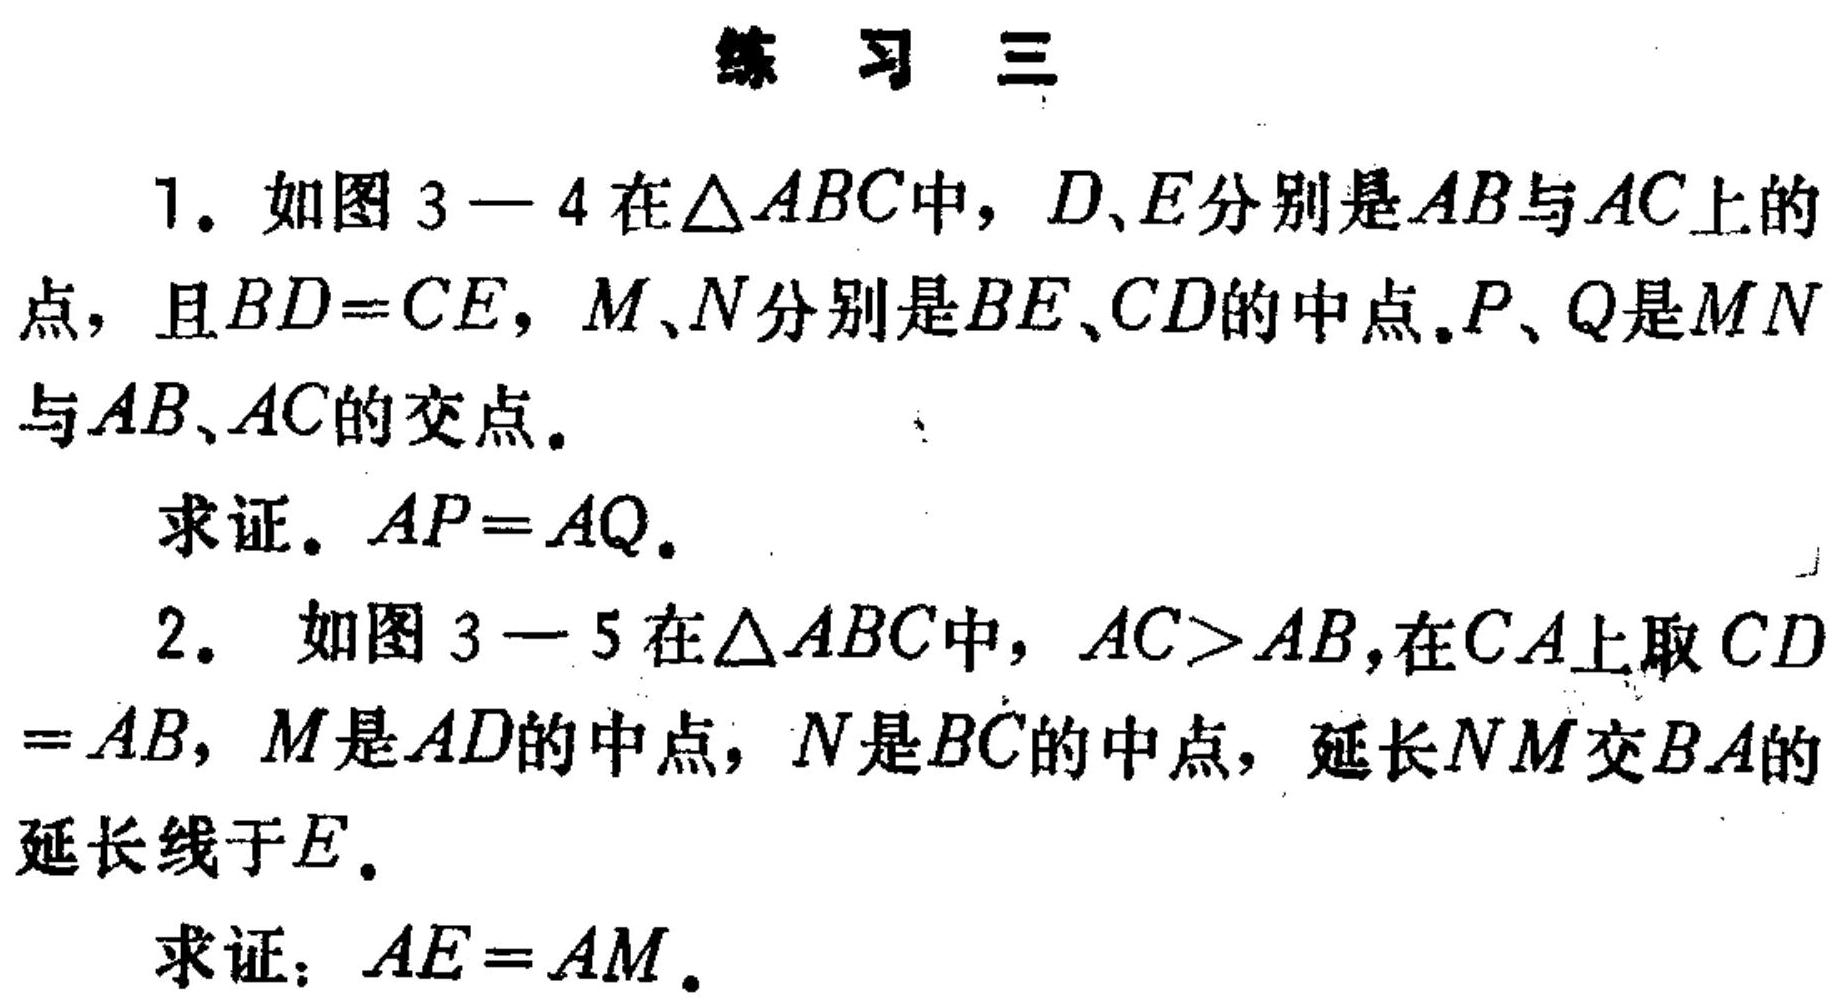
### 练 习 三
1. 如图 3 - 4 在\(\triangle ABC\)中，\(D、E\)分别是\(AB\)与\(AC\)上的点，且\(BD = CE\)，\(M、N\)分别是\(BE、CD\)的中点.\(P、Q\)是\(MN\)与\(AB、AC\)的交点。
   求证. \(AP = AQ\).
2. 如图 3 - 5 在\(\triangle ABC\)中，\(AC>AB\)，在\(CA\)上取\(CD = AB\)，\(M\)是\(AD\)的中点，\(N\)是\(BC\)的中点，延长\(NM\)交\(BA\)的延长线于\(E\)。
   求证：\(AE = AM\).